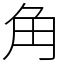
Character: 角